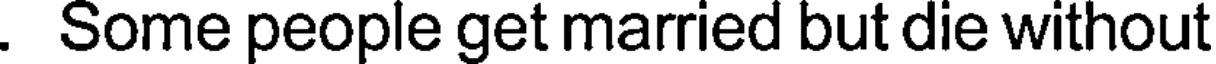
. Some people get married but die without